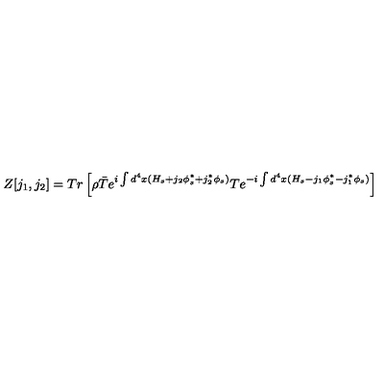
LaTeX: Z [ j _ { 1 } , j _ { 2 } ] = T r \left[ \rho \bar { T } { e ^ { i \int d ^ { 4 } x ( H _ { s } + j _ { 2 } \phi _ { s } ^ { * } + j _ { 2 } ^ { * } \phi _ { s } ) } } T { e ^ { - i \int d ^ { 4 } x ( H _ { s } - j _ { 1 } \phi _ { s } ^ { \ast } - j _ { 1 } ^ { \ast } \phi _ { s } ) } } \right]